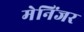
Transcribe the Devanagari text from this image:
मेनिंजर